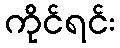
ကိုင်ရင်း